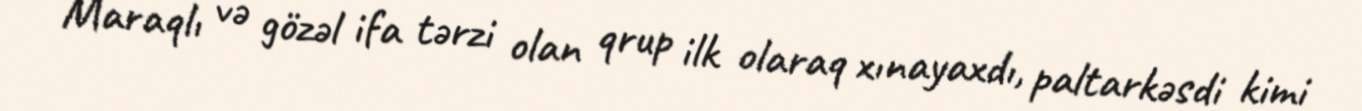
Maraqlı və gözəl ifa tərzi olan qrup ilk olaraq xınayaxdı, paltarkəsdi kimi